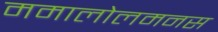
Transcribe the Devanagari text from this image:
ममालोलमनस